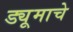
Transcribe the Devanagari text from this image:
ड्यूमाचे